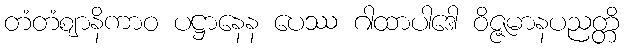
တံတံဈာနိကာဝ ပဋ္ဌာနေန ပေဿ ဂါထာပါဒေါ ဝိဇ္ဇမာနပညတ္တိ